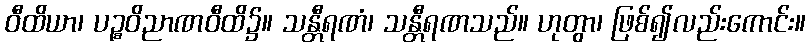
ဝီထိယာ၊ ပဉ္စဝိညာဏဝီထိ၌။ သန္တီရဏံ၊ သန္တီရဏသည်။ ဟုတွာ၊ ဖြစ်၍လည်းကောင်း။